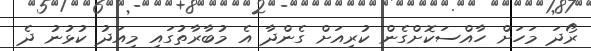
ރޯދަ މަހަށް ހާއްސަކޮށްގެން ކުރިއަށް ގެންދާ އެ މުބާރާތުގައި މިއަދު ކުޅުނު ދެ